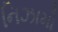
નિઝામો